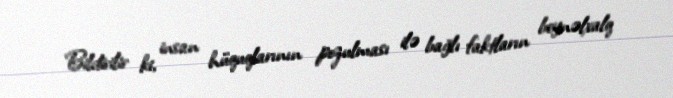
Bildirilir ki, insan hüquqlarının pozulması ilə bağlı faktların beynəlxalq